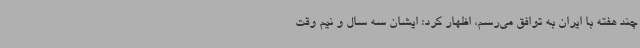
چند هفته با ایران به توافق می‌رسم، اظهار کرد: ایشان سه سال و نیم وقت